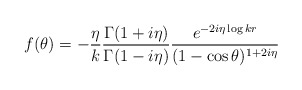
\begin{align*}f(\theta)=-{\eta\over k}{\Gamma(1+i\eta)\over\Gamma(1-i\eta)}{e^{-2i\eta\log kr}\over (1-\cos\theta)^{1+2i\eta}}\end{align*}